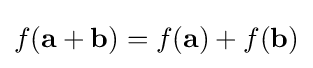
{\textstyle f(\mathbf {a} +\mathbf {b} )=f(\mathbf {a} )+f(\mathbf {b} )}